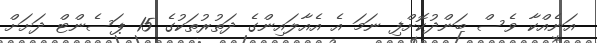
އަނެއްކާ ވެސް ބަންދުކޮށްފި ނަމަ އެ އެއާލައިންގެ ދަތުރުތަކުގެ 15 ޕަސެންޓް ދަށަށް